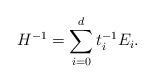
LaTeX: \begin{align*}H^{-1} = \sum_{i=0}^d t^{-1}_i E_i.\end{align*}